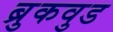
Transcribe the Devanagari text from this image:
ब्रुकवुड